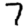
Digit: 7